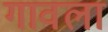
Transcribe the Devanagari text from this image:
गावला